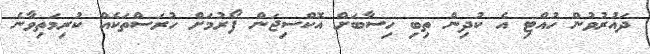
ދައުރުވުން ހުއްޓި އެ ކުދިން ތިބި ހިސާބަށް އޮކްސިޖަން ފޯރުމަށް ހުރަސްތަކެއް ކުރިމަތިވާނެ